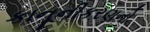
કાનૂનીકરણનો